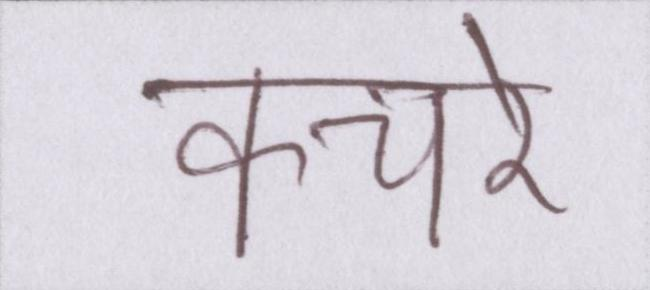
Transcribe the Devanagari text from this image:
कचरे